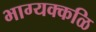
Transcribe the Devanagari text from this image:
भाग्यक्कळि